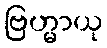
ဗြဟ္မာယု